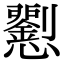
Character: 𢥍